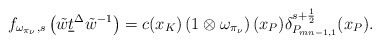
\begin{align*}f_{\omega_{\pi_\nu},s}\left(\tilde{w} \underline{t}^\Delta \tilde{w}^{-1}\right)=c(x_K)\left(1\otimes \omega_{\pi_{\nu}}\right)(x_P)\delta_{P_{mn-1,1}}^{s+\frac{1}{2}}(x_P).\end{align*}